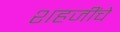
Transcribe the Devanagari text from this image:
शहजींचे